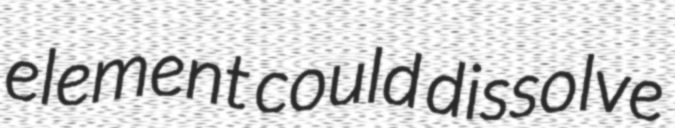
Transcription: element could dissolve